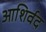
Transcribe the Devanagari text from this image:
आशिर्वद